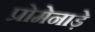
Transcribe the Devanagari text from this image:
प्रोमेनाड़े